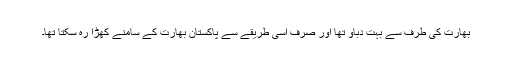
بھارت کی طرف سے بہت دباو تھا اور صرف اسی طریقے سے پاکستان بھارت کے سامنے کھڑا رہ سکتا تھا۔